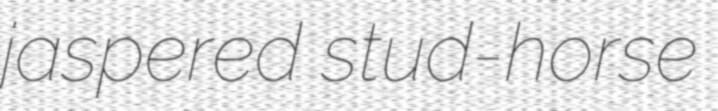
jaspered stud-horse